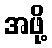
အဖို့